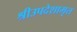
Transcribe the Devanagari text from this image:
श्रीउपदेशामृत